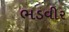
ભડવીર